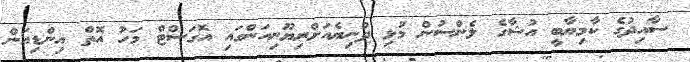
ސާއިދުގެ ކާމިޔާބީ އުޝާގެ ލެންސުން މުޅި ދުނިޔެއަށްރިޔޫނިއަންގައި އޮގަސްޓް މަހު އޮތް އިންޑިއަން